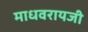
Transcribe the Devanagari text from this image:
माधवरायजी